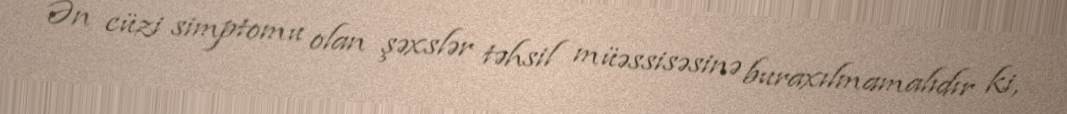
Ən cüzi simptomu olan şəxslər təhsil müəssisəsinə buraxılmamalıdır ki,